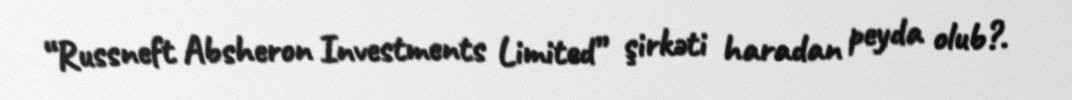
“Russneft Absheron Investments Limited” şirkəti haradan peyda olub?.